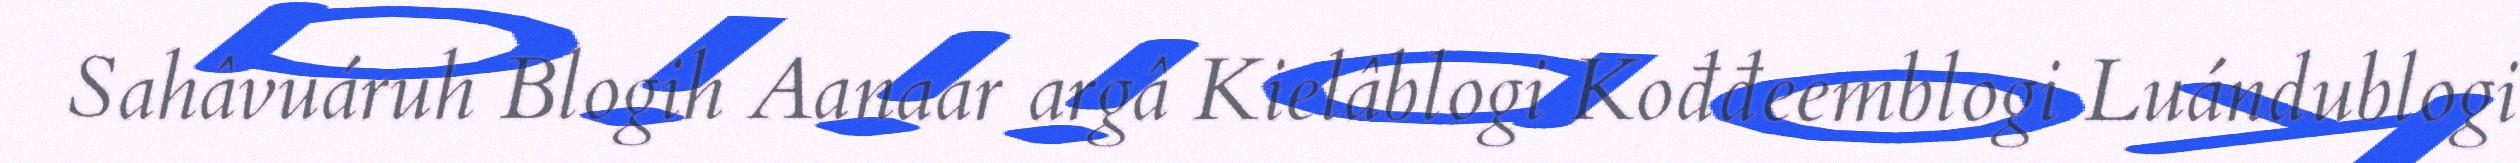
Sahâvuáruh Blogih Aanaar argâ Kielâblogi Kođđeemblogi Luándublogi